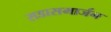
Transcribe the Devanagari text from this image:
सडासमार्जन